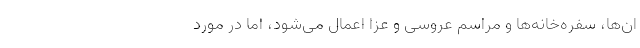
ان‌ها، سفره‌خانه‌ها و مراسم عروسی و عزا اعمال می‌شود، اما در مورد